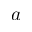
a